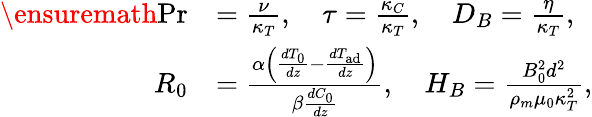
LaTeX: \begin{array}{rl}{\ensuremath{\mathrm{Pr}}}&{=\frac{\nu}{\kappa_{T}},\quad\tau=\frac{\kappa_{C}}{\kappa_{T}},\quad D_{B}=\frac{\eta}{\kappa_{T}},}\\ {R_{0}}&{=\frac{\alpha\left(\frac{dT_{0}}{dz}-\frac{dT_{\mathrm{ad}}}{dz}\right)}{\beta\frac{dC_{0}}{dz}},\quad H_{B}=\frac{B_{0}^{2}d^{2}}{\rho_{m}\mu_{0}\kappa_{T}^{2}},}\end{array}